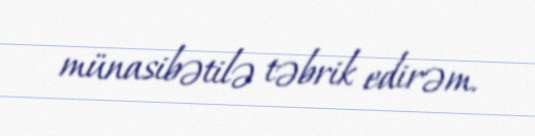
münasibətilə təbrik edirəm.